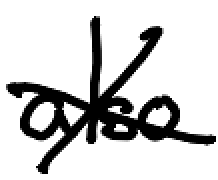
Text: also
Cross-out: cross
Writing tool: digital_black